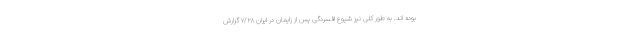
بوده اند. به طور کلی نیز شیوع افسردگی پس از زایمان در ایران ۷/۲۸ گزارش